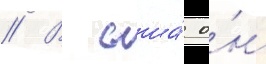
// В сша́ о́н